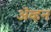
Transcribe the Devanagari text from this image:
अॅव्हन